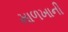
માળખાની